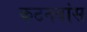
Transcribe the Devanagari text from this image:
कटनबांस